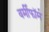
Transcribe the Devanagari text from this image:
वर्मीफॉर्म